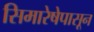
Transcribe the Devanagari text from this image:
सिमारेषेपासून